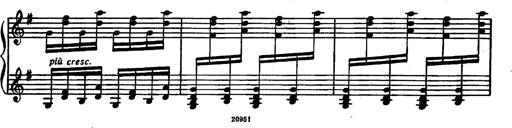
Title: Magyar rapszÃ³diÃ¡k
Composer: Franz Liszt